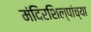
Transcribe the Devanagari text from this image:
मंदिरशिल्पांच्या